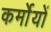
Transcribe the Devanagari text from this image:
कर्मोयों